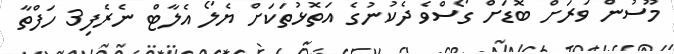
މޫސުން ވަރަށް ބޮޑަށް ގޯސްވެ ދެކުނުގެ އަތޮޅުތަކަށް ޔެލޯ އެލާޓް ނެރެފި3 ހަފްތާ